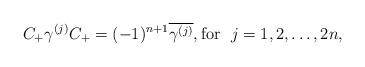
LaTeX: \begin{align*}C_+\gamma^{(j)}C_+=(-1)^{n+1}\overline{\gamma^{(j)}},\mbox{for \ }j=1,2,\ldots,2n,\end{align*}